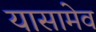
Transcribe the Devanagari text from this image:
यासामेव